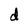
Character: d